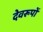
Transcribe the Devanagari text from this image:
देवरूपों